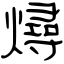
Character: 燖